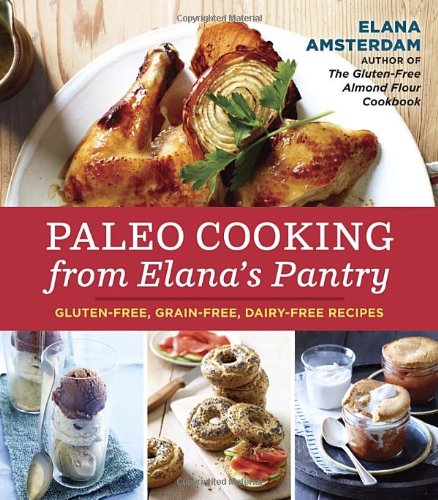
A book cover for Paleo Cooking from Elana's Pantry: Gluten-Free, Grain-Free, Dairy-Free Recipes; Elana Amsterdam; Cookbooks, Food & Wine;